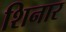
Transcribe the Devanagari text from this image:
शिनार